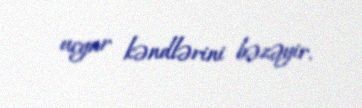
ucgar kəndlərini bəzəyir.